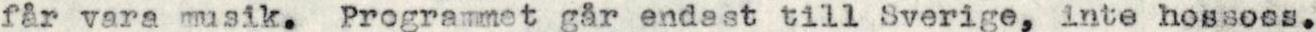
far vara musik. Programmet går endast till Sverige, inte hossoss.